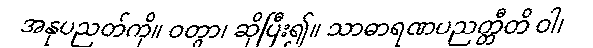
အနုပညတ်ကို။ ဝတွာ၊ ဆိုပြီး၍။ သာဓာရဏပညတ္တီတိ ဝါ၊